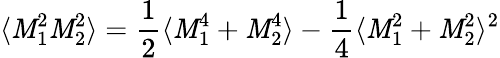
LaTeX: \langle\mathit{M}_{1}^{2}\mathit{M}_{2}^{2}\rangle=\frac{{1}}{{2}}\langle\mathit{M}_{1}^{4}+\mathit{M}_{2}^{4}\rangle-\frac{{1}}{{4}}\langle\mathit{M}_{1}^{2}+\mathit{M}_{2}^{2}\rangle^{2}